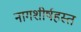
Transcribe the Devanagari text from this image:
नागशीर्षहस्त